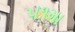
૫૧મા